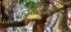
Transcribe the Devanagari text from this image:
काटेविरहित